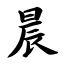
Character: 晨